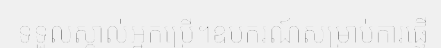
ទទួលស្គាល់អ្នកប្រើ។ឧបករណ៍សម្រាប់ការផ្ញើ